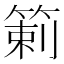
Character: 𥰍